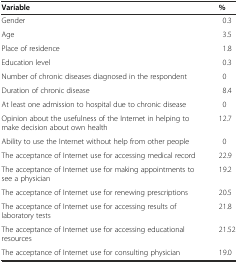
<table><thead><tr><td><b>Variable</b></td><td><b>%</b></td></tr></thead><tbody><tr><td>Gender</td><td>0.3</td></tr><tr><td>Age</td><td>3.5</td></tr><tr><td>Place of residence</td><td>1.8</td></tr><tr><td>Education level</td><td>0.3</td></tr><tr><td>Number of chronic diseases diagnosed in the respondent</td><td>0</td></tr><tr><td>Duration of chronic disease</td><td>8.4</td></tr><tr><td>At least one admission to hospital due to chronic disease</td><td>0</td></tr><tr><td>Opinion about the usefulness of the Internet in helping to make decision about own health</td><td>12.7</td></tr><tr><td>Ability to use the Internet without help from other people</td><td>0</td></tr><tr><td>The acceptance of Internet use for accessing medical record</td><td>22.9</td></tr><tr><td>The acceptance of Internet use for making appointments to see a physician</td><td>19.2</td></tr><tr><td>The acceptance of Internet use for renewing prescriptions</td><td>20.5</td></tr><tr><td>The acceptance of Internet use for accessing results of laboratory tests</td><td>21.8</td></tr><tr><td>The acceptance of Internet use for accessing educational resources</td><td>21.52</td></tr><tr><td>The acceptance of Internet use for consulting physician</td><td>19.0</td></tr></tbody></table>